Vaccination in Bombay 1874-1876 - 1874-1876
Year: 1874
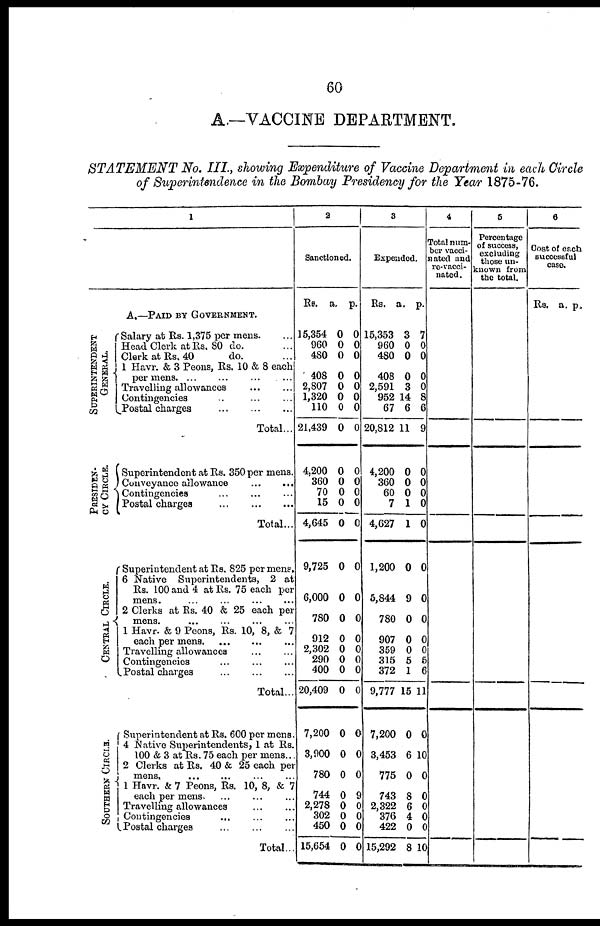
60
A.—VACCINE DEPARTMENT.
STATEMENT
No. III., showing Expenditure of Vaccine Department in each Circle
of Superintendence in the Bombay Presidency for the Year 1875-76.
1
A.—PAID BY GOVERNMENT.
SUPERINTENDENT
GENERAL.
PRESIDEN-
-- CIRCLE.
CENTRAL CIRCLE.
SOUTHERN CIRCLS.
Salary at Rs. 1,375 per mens. ...
Head Clerk at Rs. 80 do.
Clerk at Rs, 40
do.
1 Havr. & 3 Peons, Rs. 10 & 8 each
per mens
...
...
...
...
Travelling allowances ... ...
Contingencies
Postal charges ... ... ...
Total...
Superintendent at Rs. 350 per mens.
Conveyance allowance ... ...
Contingencies ... ... ...
Postal charges
...
...
...
Total...
Superintendent at Rs. 825 per mens.
6 Native Superintendents, 2 at
Rs. 100 and 4 at Rs. 75 each per
mens. ... ... ... ...
2 Clerks at Rs. 40 & 25 each per
mens. ... ... ... ...
1 Havr. & 9 Peons, Rs. 10, 8, & 7
each per mens ... ... ... ...
Travelling allowances ... ...
Contingencies ... ... ...
Postal charges
...
...
...
Total...
Superintendent at Rs. 600 per mens.
4 Native Superintendents, 1 at Rs.
100 & 3 at Rs. 75 each per mens...
2 Clerks at Rs. 40 & 25 each per
mens.
1 Havr. & 7 Peons, Rs. 10, 8, & 7
each per mens ... ... ...
Travelling allowances
...
...
Contingencies ... ... ...
Postal charges ... ... ...
Total...
2
Sanctioned.
Rs.
15,354
960
480
408
2,807
1,320
110
21,439
4,200
360
70
15
4,645
9,725
6,000
780
912
2,302
290
400
20,409
7,200
3,900
780
744
2,278
302
450
15,654
a.
0
0
0
0
0
0
0
0
0
0
0
0
0
0
0
0
0
0
0
0
0
0
0
0
0
0
0
0
0
p.
0
0
0
0
0
0
0
0
0
0
0
0
0
0
0
0
0
0
0
0
0
0
0
0
9
0
0
0
0
3
Expended.
Rs.
15,353
960
480
408
2,591
952
67
20,812
4,200
360
60
7
4,627
1,200
5,844
780
907
359
315
372
9,777
7,200
3,453
775
743
2,322
376
422
15,292
a.
3
0
0
0
3
14
6
11
0
0
0
1
1
0
9
0
0
0
5
1
15
0
6
0
8
6
4
0
8
p.
7
0
0
0
0
8
6
9
0
0
0
0
0
0
0
0
0
0
5
6
11
0
10
0
0
0
0
0
10
4
Total num-
ber vacci-
nated and
re-vacci¬
nated.
5
Percentage
of success,
excluding
those un-
known from
the total.
6
Cost of each
successful
case.
Rs. a. p.